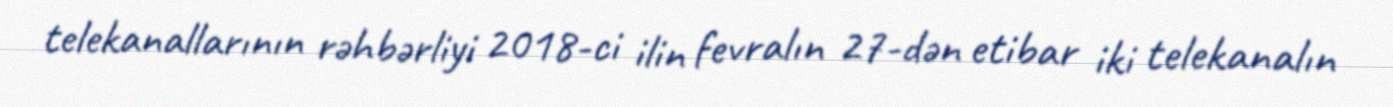
telekanallarının rəhbərliyi 2018-ci ilin fevralın 27-dən etibar iki telekanalın